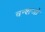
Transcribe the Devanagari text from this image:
वन्शजो